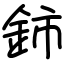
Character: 鈰